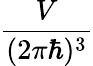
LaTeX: \frac{V}{(2\pi\hbar)^{3}}